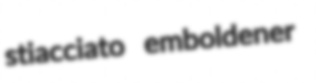
stiacciato emboldener